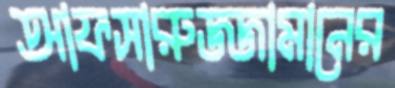
আফসারুজ্জামানের